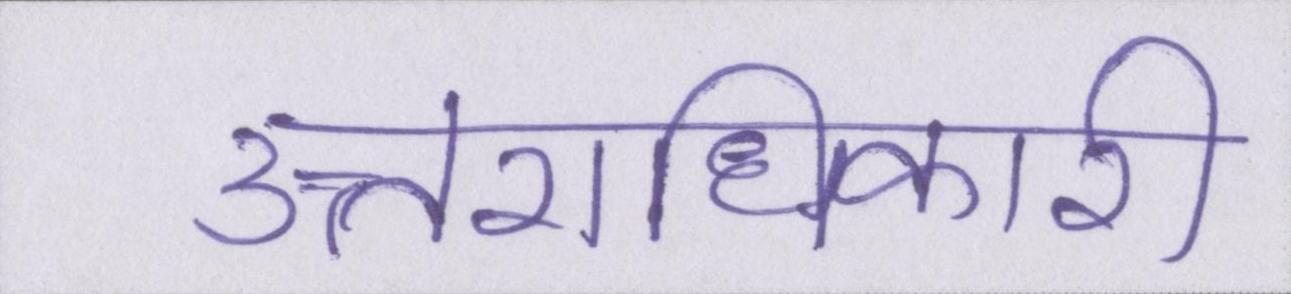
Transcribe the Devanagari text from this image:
उत्तराधिकारी